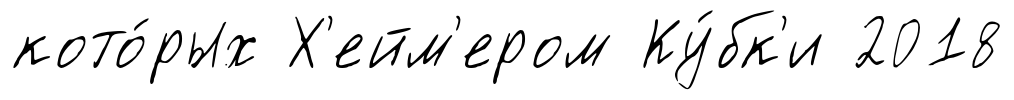
кото́рых Х'ейм'ером Ку́бк'и 2018